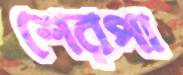
শেরপা